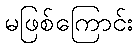
မဖြစ်ကြောင်း